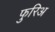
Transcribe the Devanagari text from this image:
फुरिअ